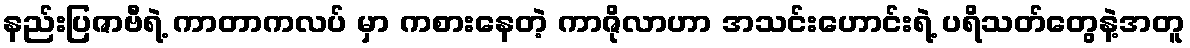
နည်းပြဇာဗီရဲ့ ကာတာကလပ် မှာ ကစားနေတဲ့ ကာဇိုလာဟာ အသင်းဟောင်းရဲ့ ပရိသတ်တွေနဲ့အတူ